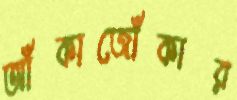
আঁকাজোঁকার